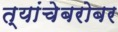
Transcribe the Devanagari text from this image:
त्यांचेबरोबर